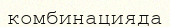
комбинацияда